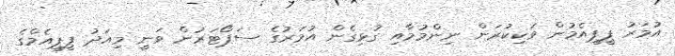
އުމަރު ޕީޕީއެމުން ވަކިކުރަން ނިންމުމާއި ގުޅިގެން އުމަރުގެ ސަޕޯޓަރުން ވަނީ މިއަދު ޕީޕީއެމްގެ